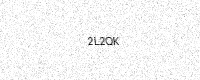
Text: 2L2QK